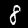
Label: 8